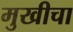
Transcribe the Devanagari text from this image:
मुखीचा